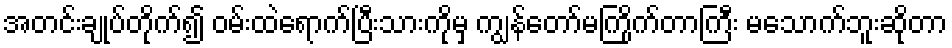
အတင်းချုပ်တိုက်၍ ဝမ်းထဲရောက်ပြီးသားကိုမှ ကျွန်တော်မကြိုက်တာကြီး မသောက်ဘူးဆိုတာ